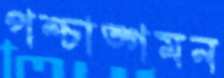
পশ্চাত্গমন